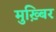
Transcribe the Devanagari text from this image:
मुख़्बिर